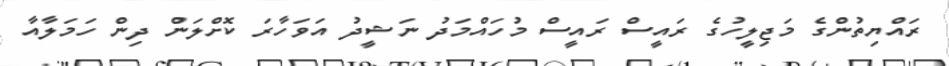
ރައްޔިތުންގެ މަޖިލީހުގެ ރައީސް ރައީސް މުހައްމަދު ނަޝީދު އަވަހާރަ ކޮށްލަން ދިން ހަމަލާއާ